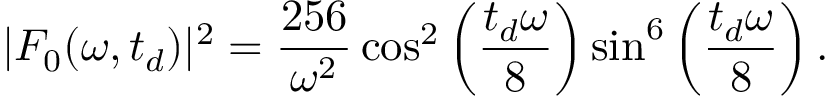
| F _ { 0 } ( \omega , t _ { d } ) | ^ { 2 } = \frac { 2 5 6 } { \omega ^ { 2 } } \cos ^ { 2 } \left( \frac { t _ { d } \omega } { 8 } \right) \sin ^ { 6 } \left( \frac { t _ { d } \omega } { 8 } \right) .